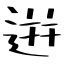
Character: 逬